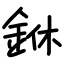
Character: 銝